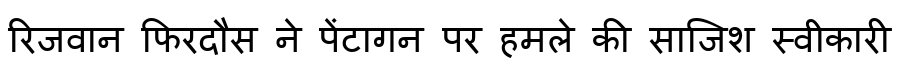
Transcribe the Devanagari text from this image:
रिजवान फिरदौस ने पेंटागन पर हमले की साजिश स्वीकारी